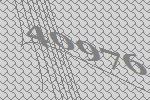
40976